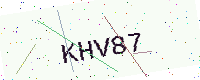
Text: KHV87